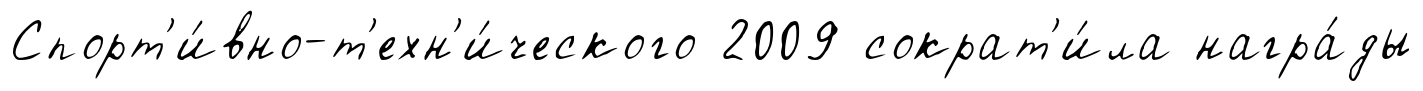
Спорт'и́вно-т'ехн'и́ческого 2009 сократ'и́ла награ́ды